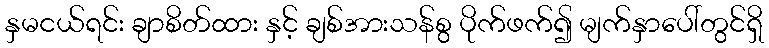
နှမငယ်ရင်း ချာစိတ်ထား နှင့် ချစ်အားသန်စွ ပိုက်ဖက်၍ မျက်နှာပေါ်တွင်ရှိ